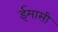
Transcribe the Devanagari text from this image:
ईमासी